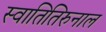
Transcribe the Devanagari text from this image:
स्वातितिरुनाल